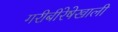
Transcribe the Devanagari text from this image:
गरीबीरेषेखाली